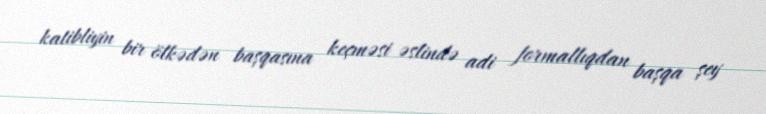
katibliyin bir ölkədən başqasına keçməsi əslində adi formallıqdan başqa şey